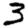
Digit: 3